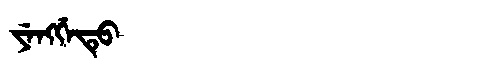
Manchu: ᠶᡝᠩᡤᡝᡨᡠ
Romanization: YENGGETU